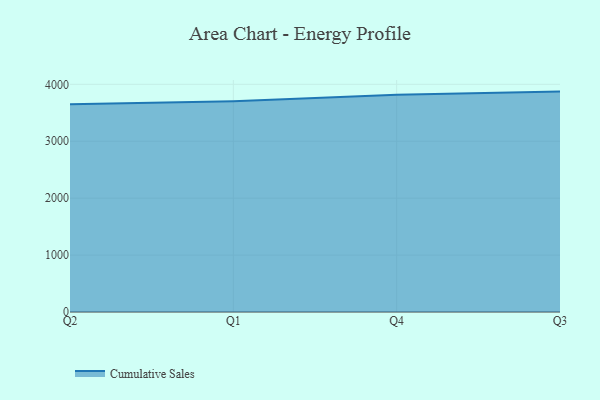
{"axis": {"x": "Quarter", "y": "Headcount"}, "legend": ["Cumulative Sales"], "data": [{"x": "Q2", "y": 3650.4, "type": "Cumulative Sales"}, {"x": "Q1", "y": 3702.8, "type": "Cumulative Sales"}, {"x": "Q4", "y": 3818.6, "type": "Cumulative Sales"}, {"x": "Q3", "y": 3872.1, "type": "Cumulative Sales"}]}